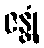
ဇန္တုံ